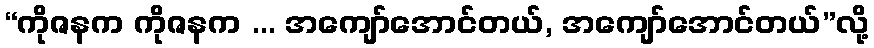
“ကိုဇနက ကိုဇနက ... အကျော်အောင်တယ်, အကျော်အောင်တယ်”လို့